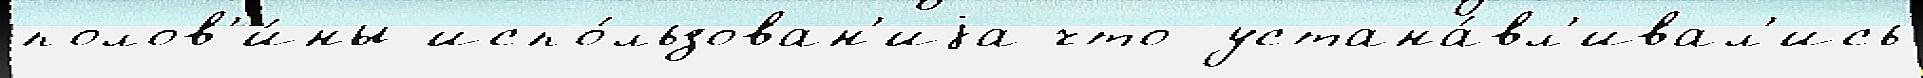
полов'и́ны испо́льзован'иjа что устана́вл'ивал'ись